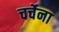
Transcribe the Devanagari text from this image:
चर्चेना